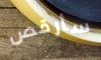
سأرقص